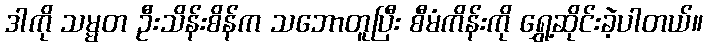
ဒါကို သမ္မတ ဦးသိန်းစိန်က သဘောတူပြီး စီမံကိန်းကို ရွှေ့ဆိုင်းခဲ့ပါတယ်။